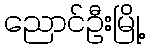
ညောင်ဦးမြို့